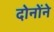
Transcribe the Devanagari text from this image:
दोनोंने